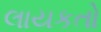
લાયકતો